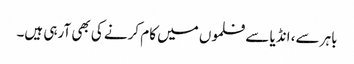
باہر سے، انڈیا سے فلموں میں کام کرنے کی بھی آرہی ہیں۔